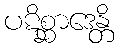
ပဋိစ္ဆာဒေန္တိ